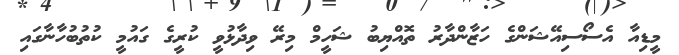
މީޑިއާ އެސޯސިއޭޝަންގެ ހަޒާންދާރު ތޮއްޔިބު ޝަހީމް މިރޭ ވިދާޅުވީ ކުރީގެ ގައުމީ ކުތުބުހާނާގައި